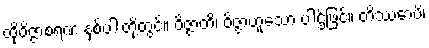
ထိုဝိဇ္ဇာစရဏ နှစ်ပါးတို့တွင်။ ဝိဇ္ဇာတိ၊ ဝိဇ္ဇာဟူသော ပါဌ်ဖြင့်။ တိဿောပိ၊